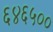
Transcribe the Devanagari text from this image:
६४६५००